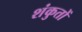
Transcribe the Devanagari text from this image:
शंकुतों